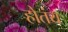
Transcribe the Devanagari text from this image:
होतंय